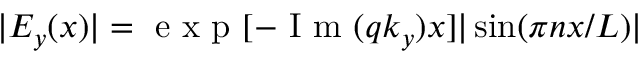
| E _ { y } ( x ) | = \mathrm { ~ e ~ x ~ p ~ } [ - \mathrm { ~ I ~ m ~ } ( q k _ { y } ) x ] | \sin ( \pi n x / L ) |